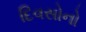
દિવસોનો